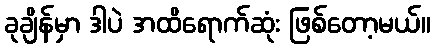
ခုချိန်မှာ ဒါပဲ အထိရောက်ဆုံး ဖြစ်တော့မယ်။